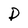
Character: D